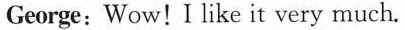
George:Wow! I like it very much.